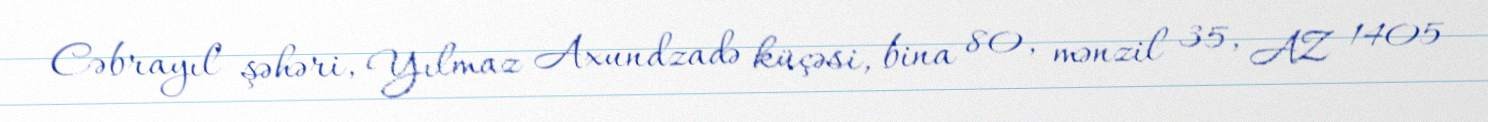
Cəbrayıl şəhəri, Yılmaz Axundzadə küçəsi, bina 80, mənzil 35, AZ 1405